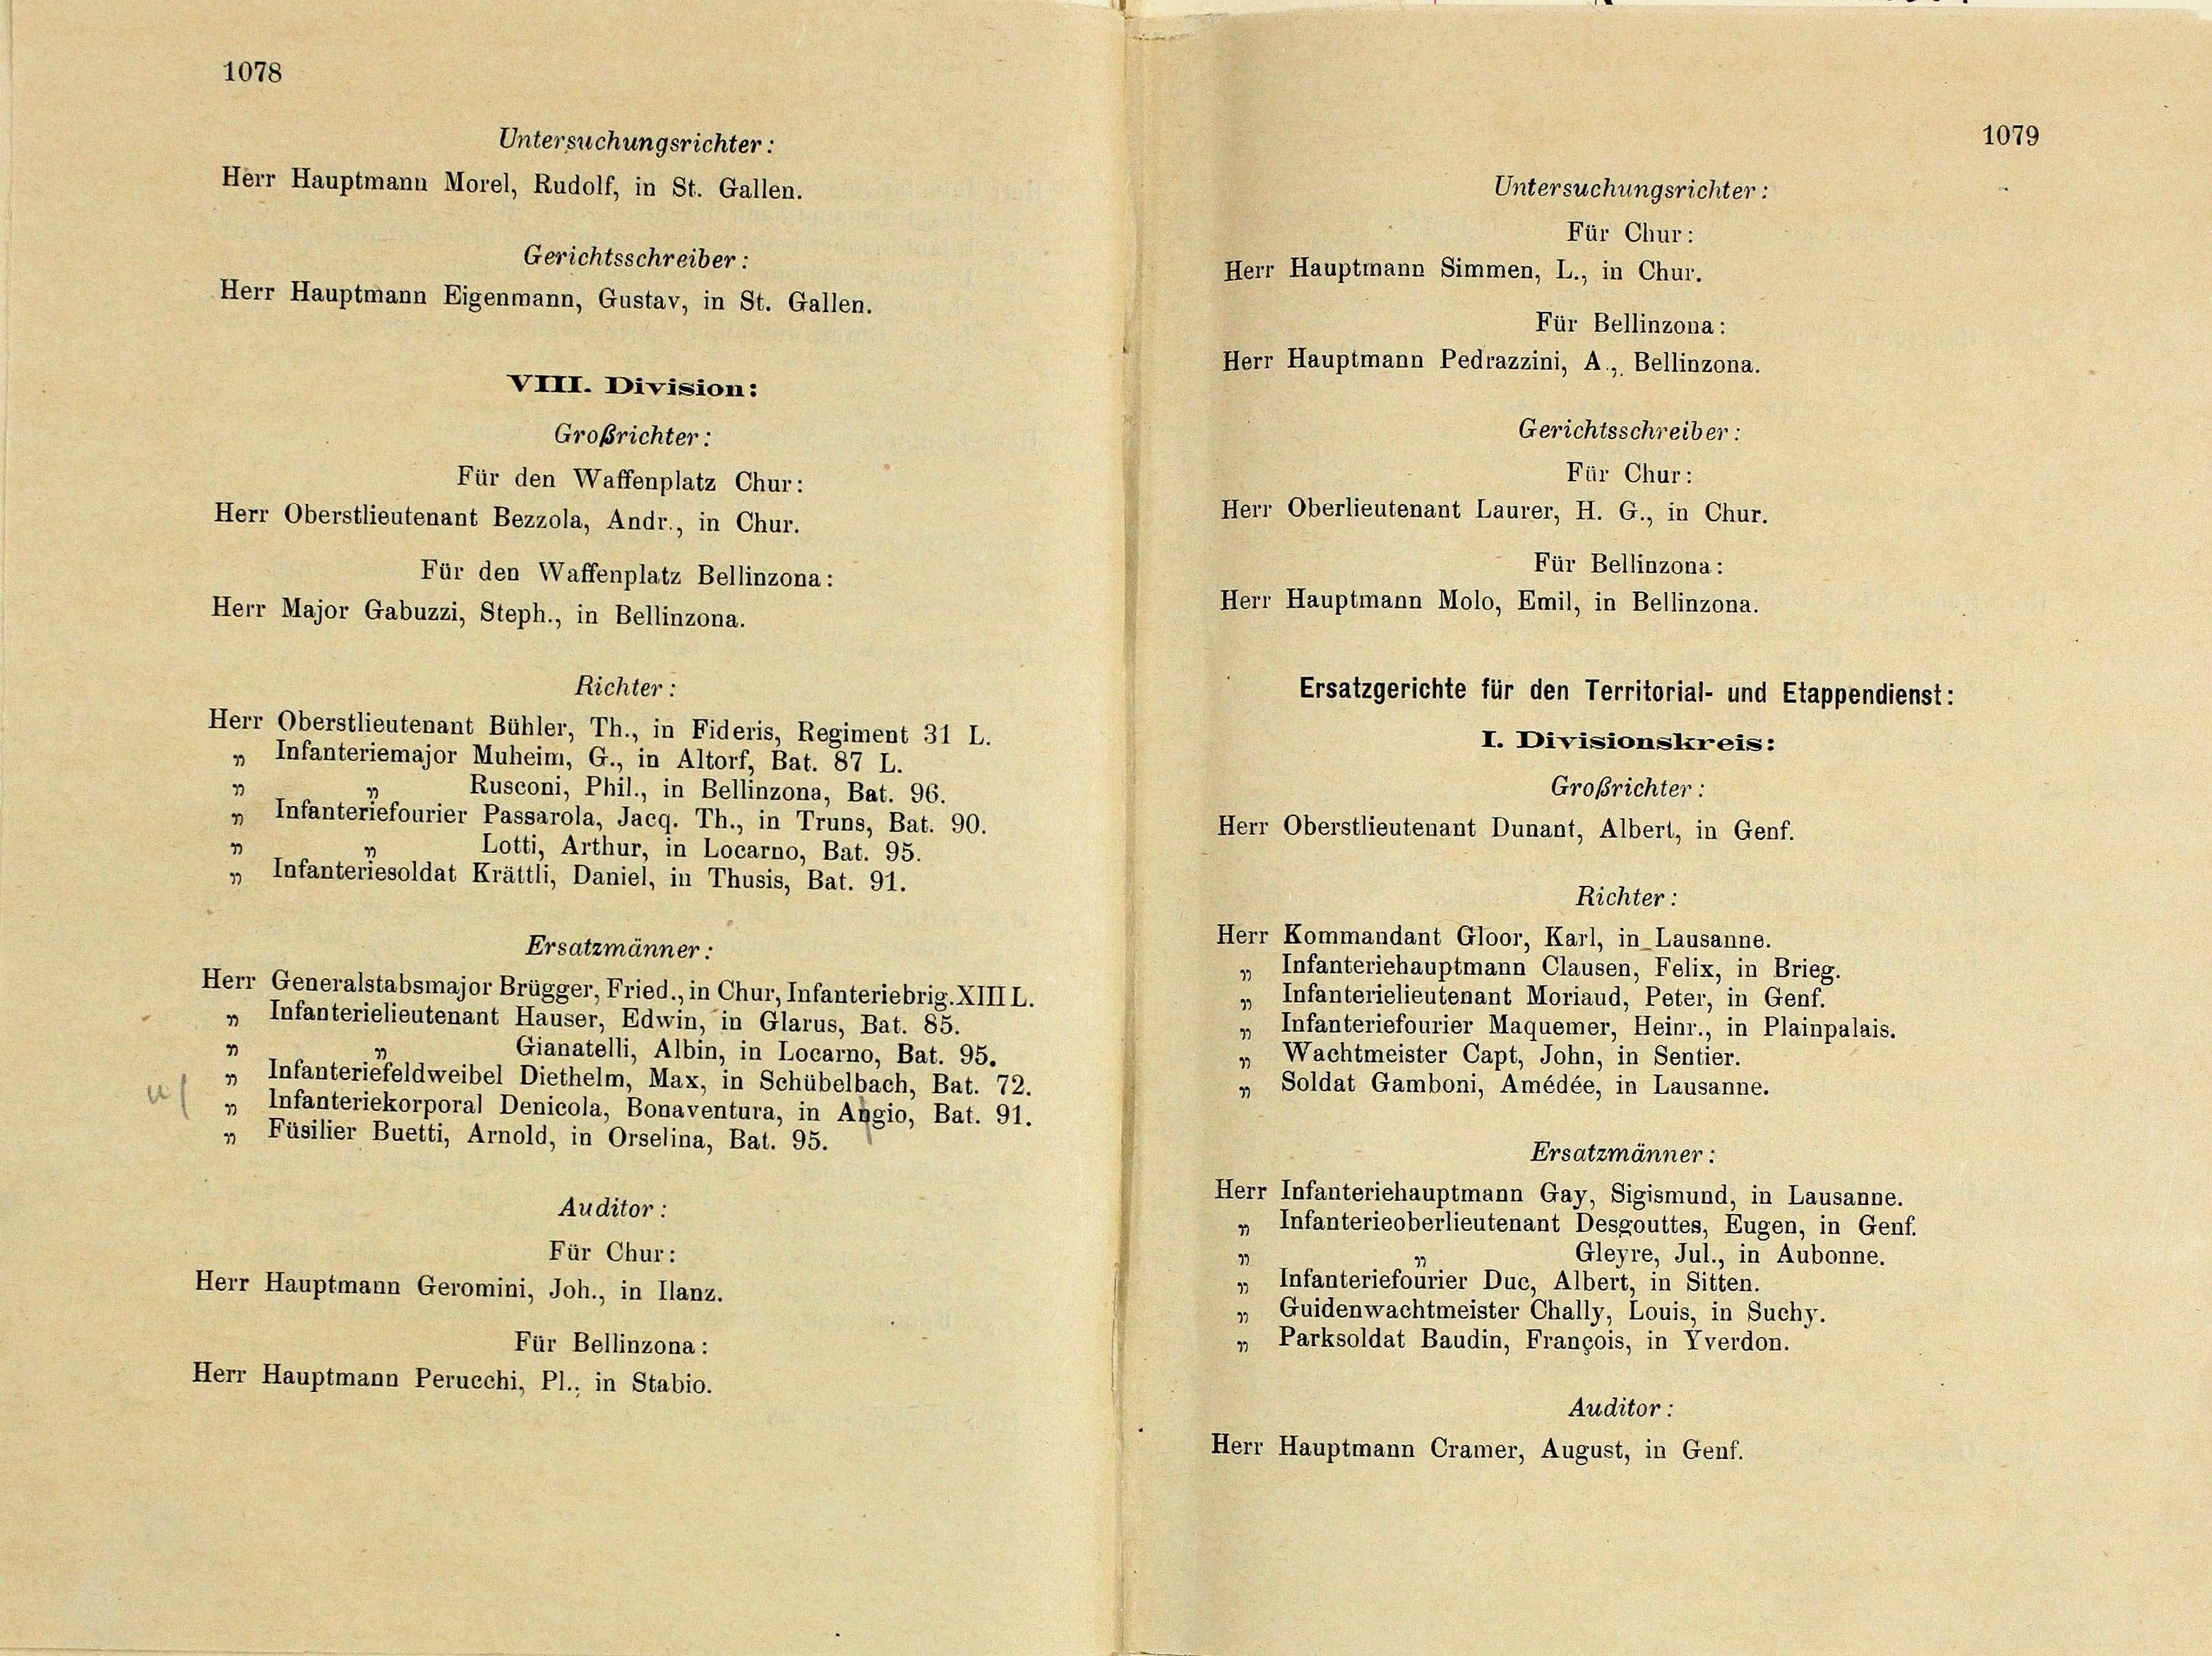
Ersatzgerichte für den Territorial- und Etappendienst:
Herr Oberstlieutenant Bühler, Th., in Fideris, Regiment 31 L.
I. Divisionskreis:
„ Infanteriemajor Muheim, G., in Altorf, Bat. 87 L.
Großrichter:
33
Rusconi, Phil., in Bellinzona, Bat. 96.
„ Infanteriefourier Passarola, Jacq. Th., in Truns, Bat. 90.
Herr Oberstlieutenant Dunant, Albert, in Genf.
1
Lotti, Arthur, in Locarno, Bat. 95.
„ Infanteriesoldat Krättli, Daniel, in Thusis, Bat. 91.
Richter:
Herr Kommandant Gloor, Karl, in Lausanne.
Ersatzmänner:
„ Infanteriehauptmann Clausen, Felix, in Brieg.
Herr Generalstabsmajor Brügger, Fried., in Chur, Infanteriebrig. XIII L.
Infanterielieutenant Moriaud, Peter, in Genf.
1
„ Infanterielieutenant Hauser, Edwin, in Glarus, Bat. 85.
Infanteriefourier Maquemer, Heinr., in Plainpalais.
19
4
Gianatelli, Albin, in Locarno, Bat. 95.
Wachtmeister Capt, John, in Sentier.
19
„ Infanteriefeldweibel Diethelm, Max, in Schübelbach, Bat. 72.
„ Soldat Gamboni, Amédée, in Lausanne.
„ Infanteriekorporal Denicola, Bonaventura, in Abgio, Bat. 91.
„ Füsilier Buetti, Arnold, in Orselina, Bat. 95.
Ersatzmänner:
Herr Infanteriehauptmann Gay, Sigismund, in Lausanne.
Auditor
„ Infanterieoberlieutenant Desgouttes, Eugen, in Genf.
Für Chur:
Gleyre, Jul., in Aubonne.
1
„ Infanteriefourier Duc, Albert, in Sitten.
Herr Hauptmann Geromini, Joh., in Ilanz.
Guidenwachtmeister Chally, Louis, in Suchy.
19
„ Parksoldat Baudin, François, in Yverdon.
Für Bellinzona :
Herr Hauptmann Perucchi, Pl., in Stabio.
Auditor :
Herr Hauptmann Cramer, August, in Genf.

1078
Untersuchungsrichter:
Herr Hauptmann Morel, Rudolf, in St. Gallen.
Gerichtsschreiber:
Herr Hauptmann Eigenmann, Gustav, in St. Gallen.
VIII. Division:
Großrichter:
Für den Waffenplatz Chur:
Herr Oberstlieutenant Bezzola, Andr., in Chur.
Für den Waffenplatz Bellinzona :
Herr Major Gabuzzi, Steph., in Bellinzona.

Richter:

Herr Hauptmann Simmen, L., in Chur.
Für Bellinzona :
Herr Hauptmann Pedrazzini, A., Bellinzona.
Gerichtsschreiber:
Für Chur:
Herr Oberlieutenant Laurer, H. G., in Chur.
Für Bellinzona :
Herr Hauptmann Molo, Emil, in Bellinzona.

Untersuchungsrichter:
Für Chur:

1079